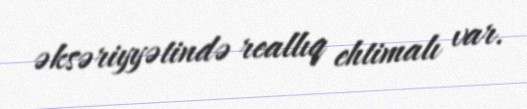
əksəriyyətində reallıq ehtimalı var.